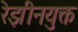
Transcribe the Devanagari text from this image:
रेझीनयुक्त